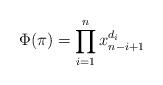
LaTeX: \begin{align*}\Phi(\pi) &= \prod_{i=1}^{n} x_{n-i+1} ^{d_i}\end{align*}